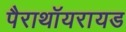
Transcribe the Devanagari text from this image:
पैराथॉयरायड